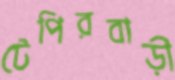
টেপিরবাড়ী